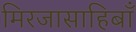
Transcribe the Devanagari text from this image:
मिरजासाहिबाँ